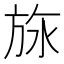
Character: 𬀅